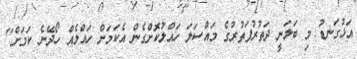
އަޅުގަނޑު މި ބަލަނީ ދަތުރުފަތުރުގެ މައްސަލަ ހައްލުކޮށްގެން އެކަމަށް ހައްލެއް ހޯދޭނެ ކަމަށް"